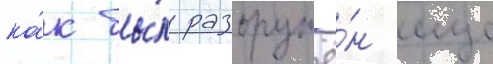
ка́к бы́л разоружё́н еще